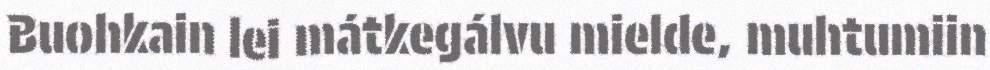
Buohkain lei mátkegálvu mielde, muhtumiin